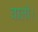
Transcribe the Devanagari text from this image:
बाली।